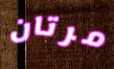
مرتان